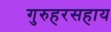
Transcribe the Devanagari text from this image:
गुरुहरसहाय